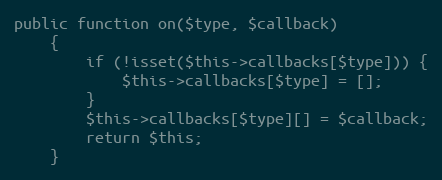
Language: PHP
public function on($type, $callback)
    {
        if (!isset($this->callbacks[$type])) {
            $this->callbacks[$type] = [];
        }
        $this->callbacks[$type][] = $callback;
        return $this;
    }